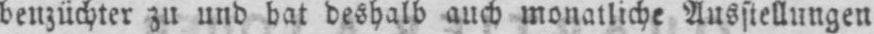
benzüchter zu und hat deshalb auch monatliche Ausstellungen